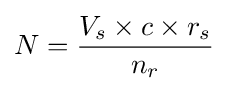
N={\frac {V_{s}\times c\times r_{s}}{n_{r}}}